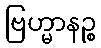
ဗြဟ္မာနဉ္စ